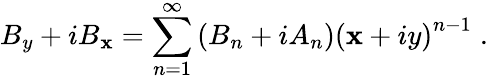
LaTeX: B_{y}+iB_{\mathbf{x}}=\sum_{n=1}^{\infty}\left(B_{n}+iA_{n}\right)\left(\mathbf{x}+iy\right)^{n-1}\; .